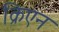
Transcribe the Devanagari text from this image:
क्रिएन